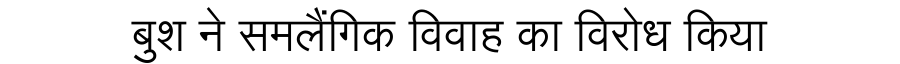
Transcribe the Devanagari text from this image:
बुश ने समलैंगिक विवाह का विरोध किया